Sanitation, dispensaries and jails vaccination Rajputana 1922-1927 - 1922-1927
Year: 1922
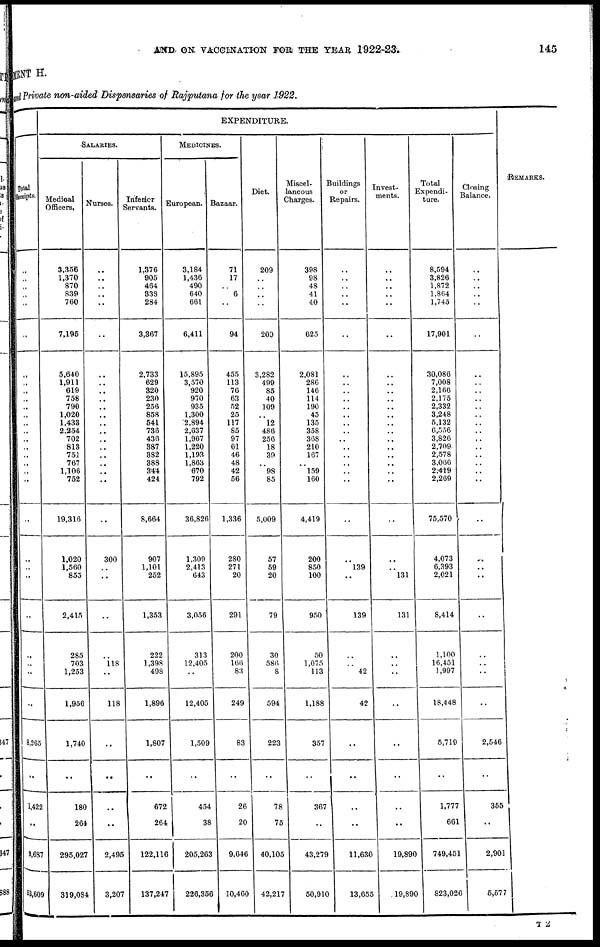
AND ON VACCINATION FOR THE YEAR 1922-23.
145
MENT H.
and Private non-aided Dispensaries of Rajputana for the year 1922.
Total
Receipts.
..
..
..
..
..
..
..
..
..
..
..
..
..
..
..
..
..
..
..
..
..
..
..
..
..
..
..
..
..
8,265
..
1,422
..
9,687
53,609
EXPENDITURE.
SALARIES.
Medical
Officers,
3,356
1,370
870
839
760
7,195
5,640
1,911
619
758
790
1,020
1,433
2,254
702
813
751
767
1,106
752
19,316
1,020
1,560
853
2,415
285
703
1,253
1,956
1,740
..
180
264
295,027
319,084
Nurses.
..
..
..
..
..
..
..
..
..
..
..
..
..
..
..
..
..
..
..
..
..
300
..
..
..
..
118
..
118
..
..
..
..
2,495
3,207
Inferior
Servants.
1,376
905
464
338
284
3,367
2,733
629
320
230
256
858
541
736
436
387
382
388
344
424
8,664
907
1,101
252
1,353
222
1,398
498
1,896
1,807
..
672
264
122,116
137,247
MEDICINES.
European.
3,184
1,436
490
640
661
6,411
15,895
3,570
920
970
935
1,300
2,894
2,637
1,967
1,220
1,193
1,863
670
792
36,826
1,309
2,413
643
3,056
313
12,405
..
12,405
1,509
..
454
38
205,263
226,356
Bazaar.
71
17
..
6
..
94
455
113
76
63
52
25
117
85
97
61
46
48
42
56
1,336
280
271
20
291
200
166
83
249
83
..
26
20
9,646
10,460
Diet.
209
..
..
..
..
209
3,282
499
85
40
109
..
12
486
256
18
39
..
98
85
5,009
57
59
20
79
30
586
8
594
223
..
78
75
40,105
42,217
Miscel-
laneous
Charges.
398
98
48
41
40
625
2,081
286
146
114
190
45
135
358
368
210
167
..
159
160
4,419
200
850
100
950
50
1,075
113
1,188
357
..
367
..
43,279
50,910
Buildings
or
Repairs.
..
..
..
..
..
..
..
..
..
..
..
..
..
..
..
..
..
..
..
..
..
..
139
..
139
..
..
42
42
..
..
..
..
11,630
13,655
Invest-
ments.
..
..
..
..
..
..
..
..
..
..
..
..
..
..
..
..
..
..
..
..
..
..
..
131
131
..
..
..
..
..
..
..
..
19,890
19,890
Total
Expendi-
ture.
8,594
3,826
1,872
1,864
1,745
17,901
30,086
7,008
2,166
2,175
2,332
3,248
5,132
6,556
3,826
2,709
2,578
3,066
2,419
2,269
75,570
4,073
6,393
2,021
8,414
1,100
16,451
1,997
18,448
5,719
..
1,777
661
749,451
823,026
Closing
Balance.
..
..
..
..
..
..
..
..
..
..
..
..
..
..
..
..
..
..
..
..
..
..
..
..
..
..
..
..
..
2,546
..
355
..
2,901
5,577
REMARKS.
T 2